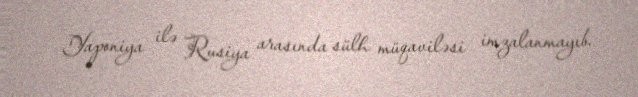
Yaponiya ilə Rusiya arasında sülh müqaviləsi imzalanmayıb.